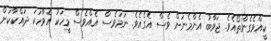
ކީއްވެގެންތޯއެވެ. ޖަވާބު އެންމެނަށް ވެސް އެގެއެވެ. ނަމަވެސް އެއްވެސް މީހަކު އެވާހަކަ ދައްކާކަށް